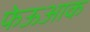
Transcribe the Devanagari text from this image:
फेऊआक